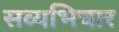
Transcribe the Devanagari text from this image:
सव्यभिचार